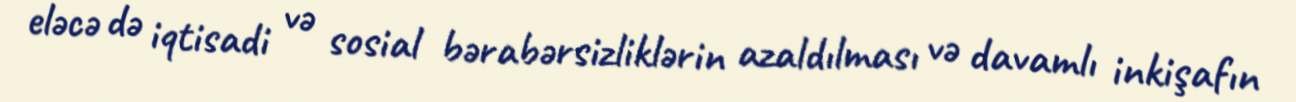
eləcə də iqtisadi və sosial bərabərsizliklərin azaldılması və davamlı inkişafın